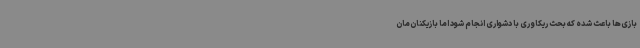
بازی‌ها باعث شده که بحث ریکاوری با دشواری انجام شود اما بازیکنان‌مان